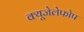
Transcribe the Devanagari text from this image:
क्‍यूजेलेफोप